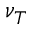
\nu _ { T }